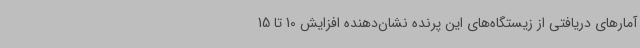
آمارهای دریافتی از زیستگاه‌های این پرنده نشان‌دهنده افزایش 10 تا 15